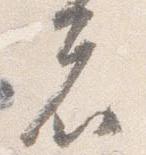
者